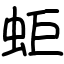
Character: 蚷